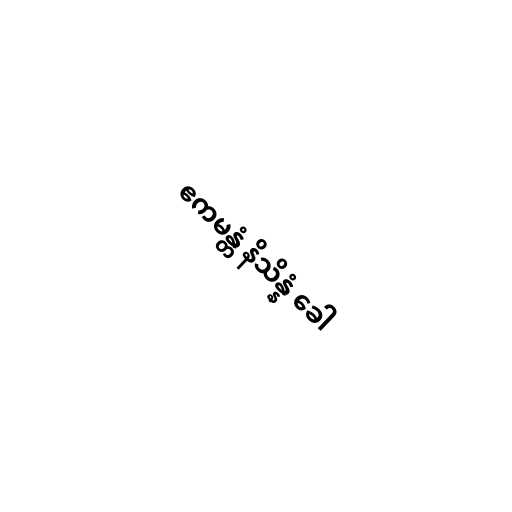
ဧကမန္တံ နိသိန္နံ ခေါ